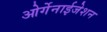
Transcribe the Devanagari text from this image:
ओर्गेनाईजेशन